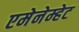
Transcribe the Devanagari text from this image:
एमेनेम्हेट